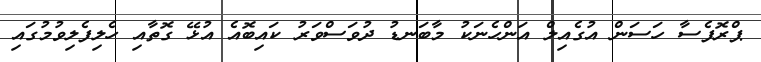
ޕްރޮފެސާ ހަސަން އުގެއިލް އަންހެނަކު މާބަނޑު ދުވަސްވަރު ކައިބޮއެ އުޅޭ ގޮތާއި ހެލިފެލިވުމުގައި